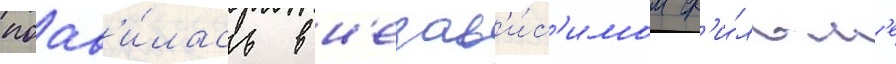
поав'и́лась в н'езав'и́с'имом ф'и́льм'е